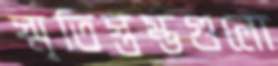
স্মৃতিস্তম্ভগুলো